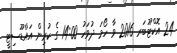
24 އޮކްޓޫބަރ 2016 ވާ ހޯމަ ދުވަހު 14:00 ގެ ކުރިން އައްޑޫސިޓީ